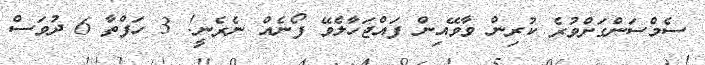
ސެމްސަންގަށްވުރެ ކުރިން ވާވޭއިން ފައްޖަހާލެވޭ ފޯނެއް ނެރެނީ! 3 ހަފްތާ 6 ދުވަސް